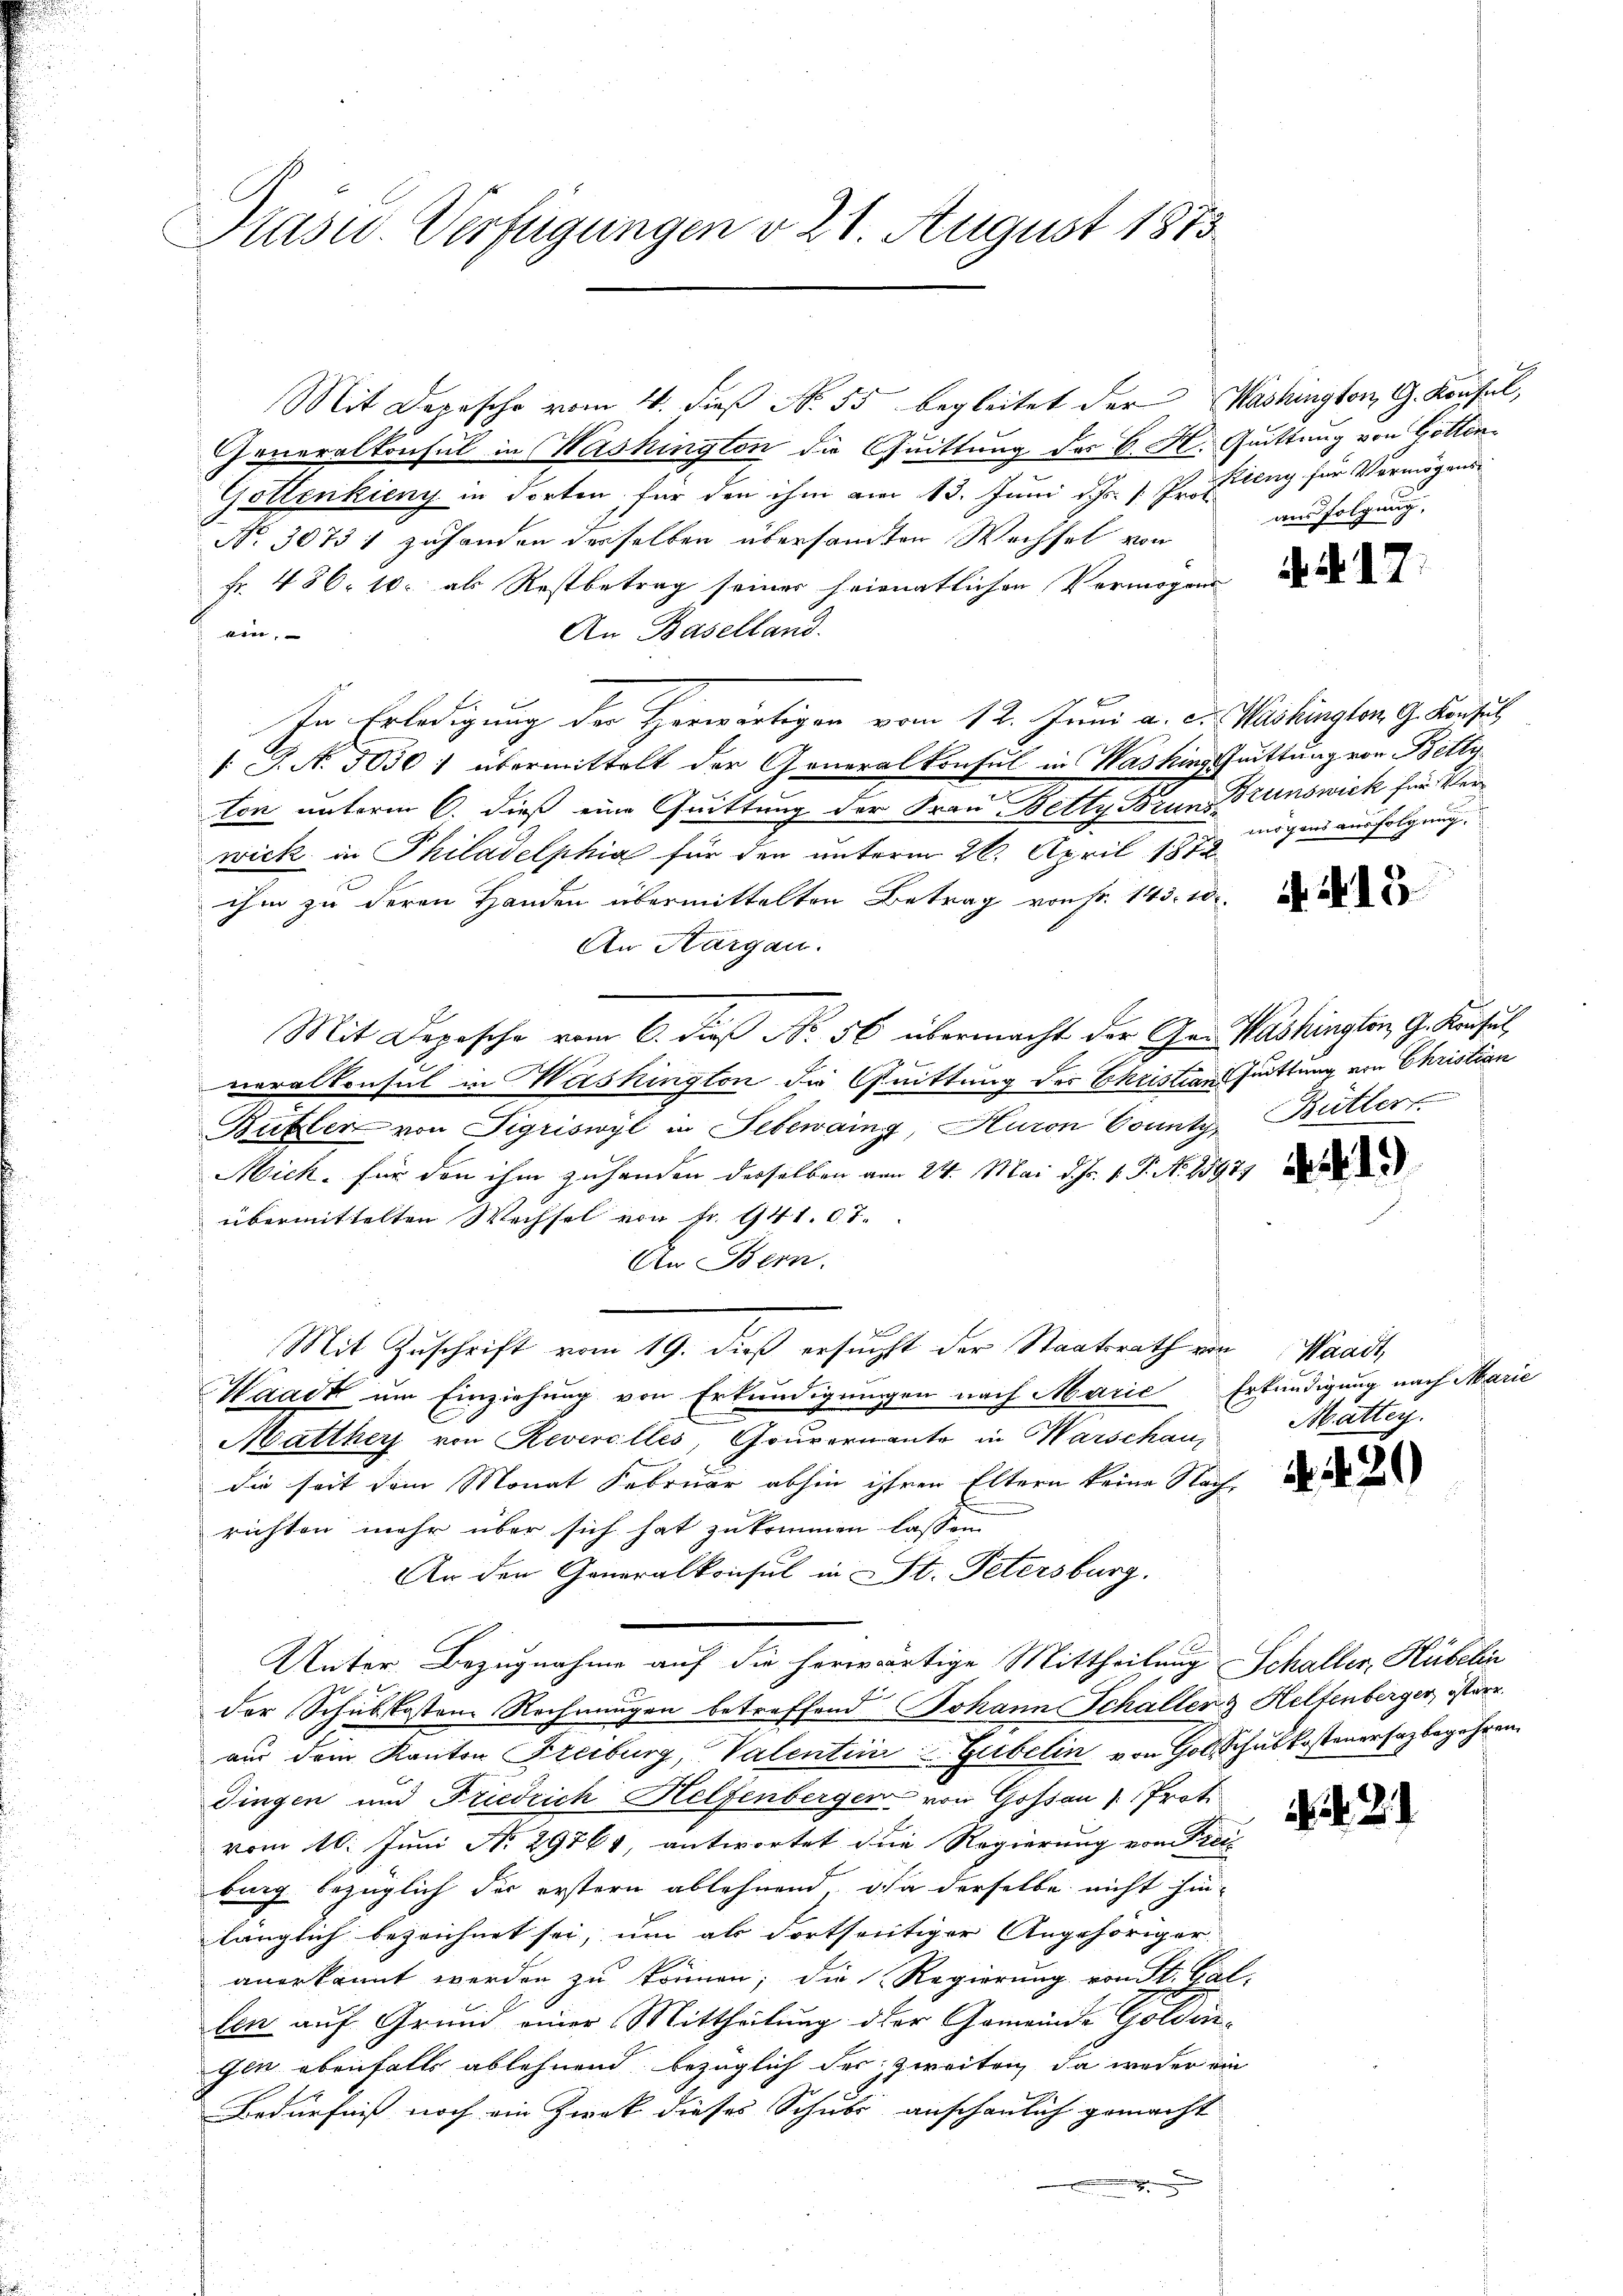
Präsid. Verfügungen v. 21. August 1873

Mit Depesche vom 4. dieß N. 55 begleitet der Washington, G. Konsul,
Generalkonsul in Washington die Quittung des C. H. Quittung von Gotten¬
Gottenkieny in dorten für den ihm am 13. Juni d. Js. v. Profing für Vermögens¬
No. 30731 zuhanden derselben übersandten Wechsel von
fr. 486. 10. als Restbetrag seiner heimnatlichen Vermögens de
An Baselland.
ein,
In Erledigung der Herwärtigen vom 12. Juni a. c. Washington G. Konsul
1 J. N. 5050) übermittelt der Generalkonsul in Washing Juittung von Betty
ton unterm 6. dieß eine Quittung der Frau Betty Brunn Trunswick für Verwick in Philadelphia für den unterm 26. April 1872
ihm zu deren Handen übermittelten Betrag von so. 145. 10.
An Aargau.
Mit Deposche vom 6. dieß No. 56 übermacht der Ge- Washingten, G. Krusus,
neralkonsul in Washington die Quittung der Christian Quittung von Christian
Bubler von Sigriswyl in Lebewaing, Huron County, Butter
Mich. für den ihm zuhanden derselben vom 24. Mai d. h. 1. P. Nr. 15971
übermittelten Wechsel von Fr. 941. 0 T.
An Bern.
Mit Zuschrift vom 19. dieß ersucht der Staatsrath von Waadt
Waadt um Einziehung von Erkundigungen nach Marie Erkundigung nach Marie
Matther von Reverelles, Gouvernante in Warschau, Mattey.
die seit dem Monat Februar abhin ihren Eltern keine Nach, die
richten mehr über sich hat zukommen lassen
An den Generalkonsul in St. Petersburg.
Unter Bezugnahme auf die herwärtige Mittheilung Schaller, Hübelin
der Schubskosten Rechnungen betreffend Johann Schaller & Helfenberger, österr.
aus dem Kanton Freiburg, Valentini u. Gubelin von Golschulkosteuersagbegehren.
Dingen und Friedrich Helfenberger von Gossau / Prot. Art de
vom 10. Juni N. 29764, antwortet die Regierung von Frei
bung bezüglich die erstern ablehnend, da derselbe nicht hin-
länglich bezeichnet sei, um als dortseitiger Angehöriger
anerkannt werden zu können; die Regierung von St. Gal
len auf Grund einer Mittheilung der Gemeinde Golden
Gen ebenfalls ablehnend bezüglich der zweiten, da weder ein
Bedürfniß noch ein Zwek dieses Schubs anschaulich gemacht
e

ausfolgung,

mögens ausfolgung